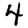
Digit: 4